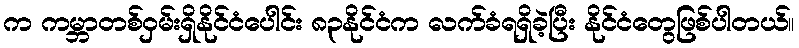
က ကမ္ဘာတစ်ဝှမ်းရှိနိုင်ငံပေါင်း ၈၃နိုင်ငံက လက်ခံရရှိခဲ့ပြီး နိုင်ငံတွေဖြစ်ပါတယ်။